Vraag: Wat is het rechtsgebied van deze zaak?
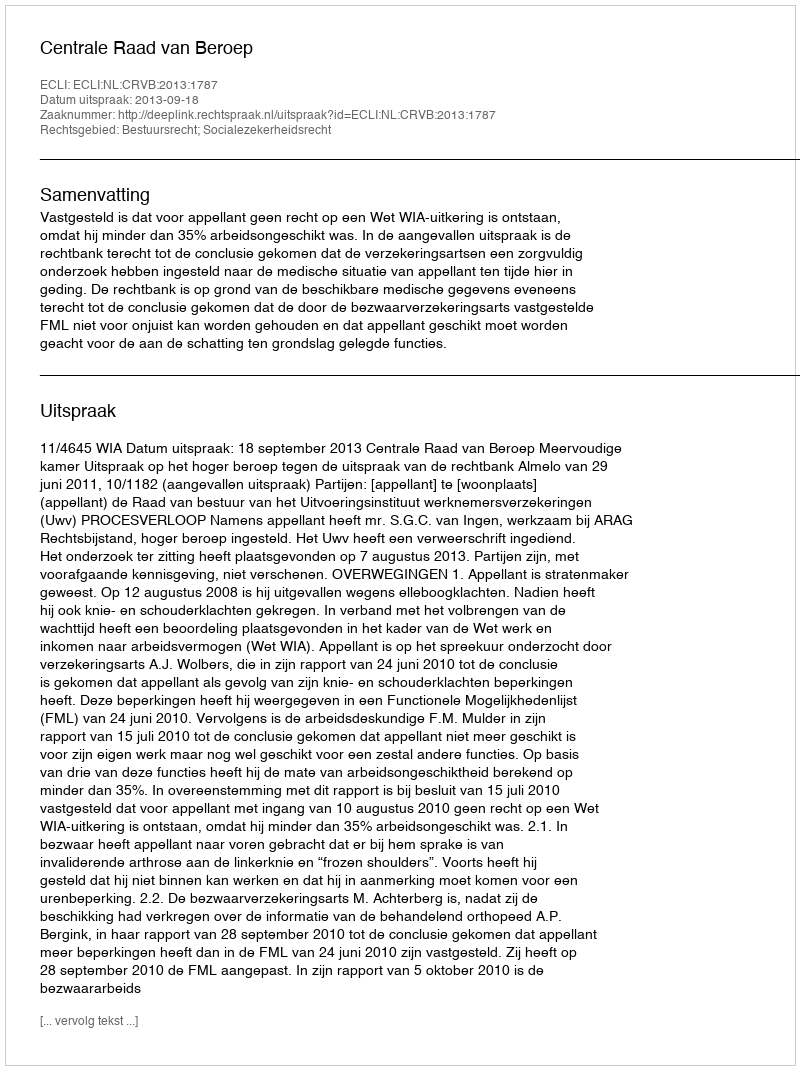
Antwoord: Bestuursrecht; Socialezekerheidsrecht